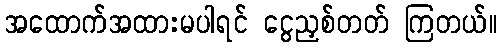
အထောက်အထားမပါရင် ငွေညှစ်တတ် ကြတယ်။